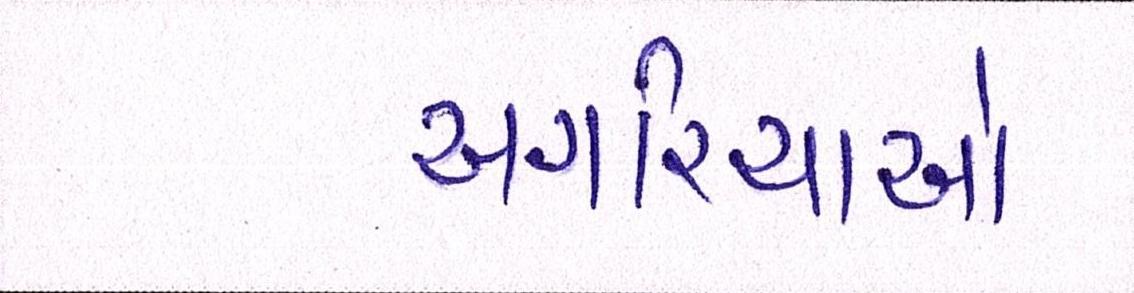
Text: અગરિયાઓ